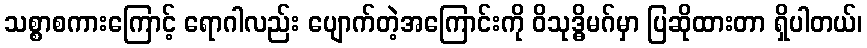
သစ္စာစကားကြောင့် ရောဂါလည်း ပျောက်တဲ့အကြောင်းကို ဝိသုဒ္ဓိမဂ်မှာ ပြဆိုထားတာ ရှိပါတယ်၊